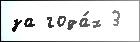
за года́х 3